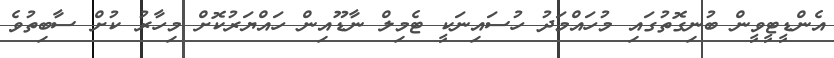
އެންޑީޓީވީން ބުނިގޮތުގައި މުހައްމަދު ހުސައިނަކީ ޓެމިލް ނާޑޫއިން ހައްޔަރުކޮށް މިހާރު ކުށް ސާބިތުވެ